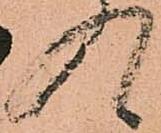
入